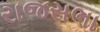
રાજસભા